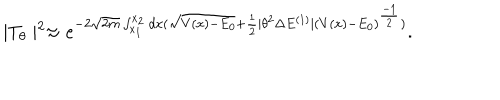
\mid T _ { \theta } \mid ^ { 2 } \approx e ^ { - 2 \sqrt { 2 m } \int _ { x _ { 1 } } ^ { x _ { 2 } } d x ( \sqrt { V ( x ) - E _ { 0 } } + \frac { 1 } { 2 } \mid \theta ^ { 2 } \Delta E ^ { ( 1 ) } \mid ( V ( x ) - E _ { 0 } ) ^ { \frac { - 1 } { 2 } } ) } .